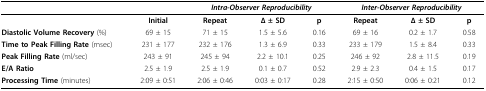
<table><thead><tr><td></td><td></td><td colspan="3"><b><i>Intra-Observer Reproducibility</i></b></td><td colspan="3"><b><i>Inter-Observer Reproducibility</i></b></td></tr></thead><tbody><tr><td></td><td><b>Initial</b></td><td><b>Repeat</b></td><td><b>Δ ± SD</b></td><td><b>p</b></td><td><b>Repeat</b></td><td><b>Δ ± SD</b></td><td><b>p</b></td></tr><tr><td><b>Diastolic Volume Recovery </b>(%)</td><td>69 ± 15</td><td>71 ± 15</td><td>1.5 ± 5.6</td><td>0.16</td><td>69 ± 16</td><td>0.2 ± 1.7</td><td>0.58</td></tr><tr><td><b>Time to Peak Filling Rate </b>(msec)</td><td>231 ± 177</td><td>232 ± 176</td><td>1.3 ± 6.9</td><td>0.33</td><td>233 ± 179</td><td>1.5 ± 8.4</td><td>0.33</td></tr><tr><td><b>Peak Filling Rate </b>(ml/sec)</td><td>243 ± 91</td><td>245 ± 94</td><td>2.2 ± 10.1</td><td>0.25</td><td>246 ± 92</td><td>2.8 ± 11.5</td><td>0.19</td></tr><tr><td><b>E/A Ratio</b></td><td>2.5 ± 1.9</td><td>2.5 ± 1.9</td><td>0.1 ± 0.7</td><td>0.52</td><td>2.9 ± 2.3</td><td>0.4 ± 1.5</td><td>0.17</td></tr><tr><td><b>Processing Time </b>(minutes)</td><td>2:09 ± 0:51</td><td>2:06 ± 0:46</td><td>0:03 ± 0:17</td><td>0.28</td><td>2:15 ± 0:50</td><td>0:06 ± 0:21</td><td>0.12</td></tr></tbody></table>